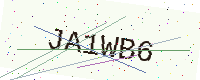
Text: JA1WB6